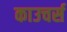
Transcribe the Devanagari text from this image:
काउचर्स